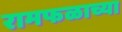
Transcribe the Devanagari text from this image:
रामफळाच्या